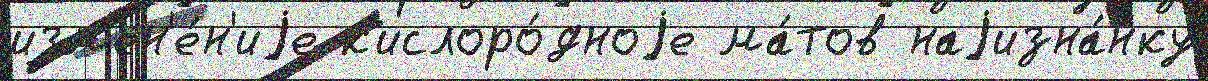
изм'ен'е́н'иjе к'ислоро́дноjе ма́тов наjизна́нку